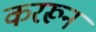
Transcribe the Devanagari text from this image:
कररून